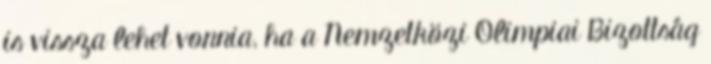
is vissza lehet vonnia, ha a Nemzetközi Olimpiai Bizottság